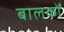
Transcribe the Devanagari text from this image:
बालकोँ